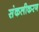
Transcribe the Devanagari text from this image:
संकलीकरण